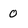
Character: 0